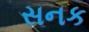
સનક